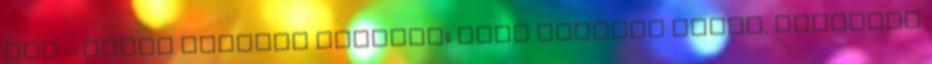
van – közös nemzeti tizeneg�­ gyel vesznek részt. metropol